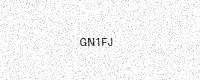
Text: GN1FJ